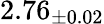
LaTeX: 2.76_{\pm 0.02}